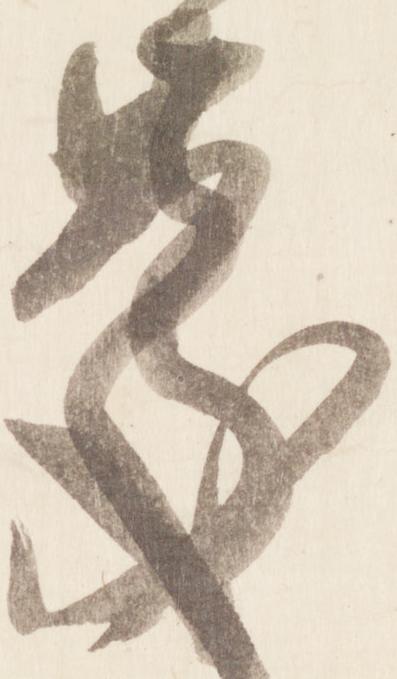
慶